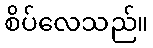
စိပ်လေသည်။